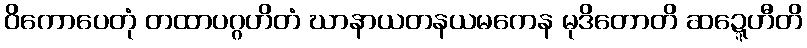
ဝိကောပေတုံ တထာပဂ္ဂဟိတံ ဃာနာယတနယမကေန မုဒိတောတိ ဆဍ္ဍေဟီတိ